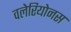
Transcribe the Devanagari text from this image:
वलेरियोनस